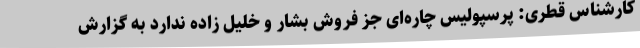
کارشناس قطری: پرسپولیس چاره‌ای جز فروش بشار و خلیل زاده ندارد به گزارش